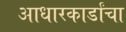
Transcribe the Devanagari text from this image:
आधारकार्डांचा